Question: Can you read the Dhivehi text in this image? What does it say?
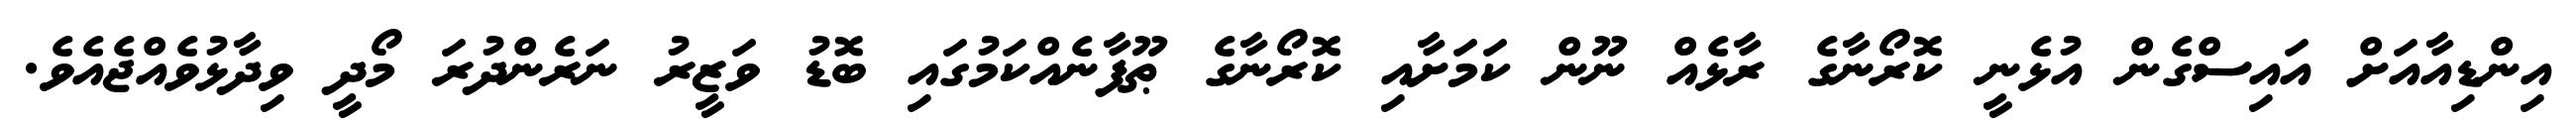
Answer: އިންޑިއާއަށް އައިސްގެން އުޅެނީ ކޮރޯނާގެ ރާޅެއް ނޫން ކަމަށާއި ކޮރޯނާގެ ޠޫފާނެއްކަމުގައި ބޮޑު ވަޒީރު ނަރެންދުރަ މޯދީ ވިދާޅުވެއްޖެއެވެ.